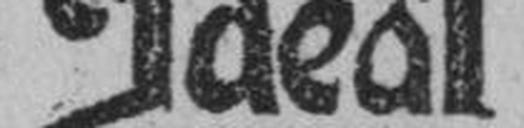
Ideal